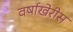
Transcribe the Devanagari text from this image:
वर्षाखेरीस